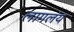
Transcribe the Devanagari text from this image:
लागलंय